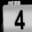
Digit: 4